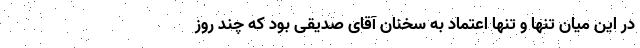
در این میان تنها و تنها اعتماد به سخنان آقای صدیقی بود که چند روز